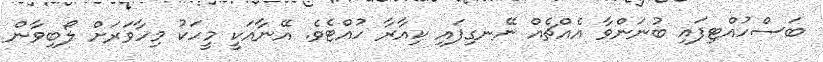
ބަސްހުއްޓިފައި ބުނަންވާ އެއްޗެއް ނޭނގިފައި ކިއާރާ ހުއްޓެވެ. އޭނާއަކީ މީހަކު މިހާވަރަށް ލޯބިވާން